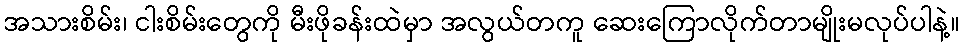
အသားစိမ်း၊ ငါးစိမ်းတွေကို မီးဖိုခန်းထဲမှာ အလွယ်တကူ ဆေးကြောလိုက်တာမျိုးမလုပ်ပါနဲ့။